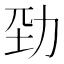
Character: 𠡕